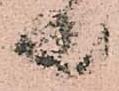
共